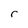
Character: r